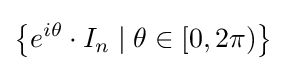
\left\{e^{i\theta }\cdot I_{n}\mid \theta \in [0,2\pi )\right\}